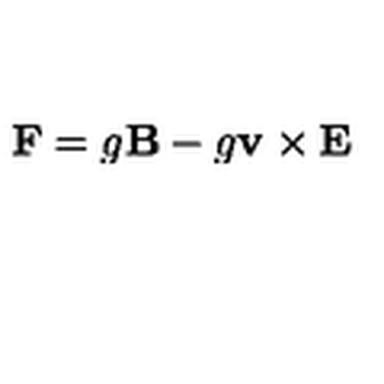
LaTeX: \mathbf { F } = g \mathbf { B } - g \mathbf { v } \times \mathbf { E }